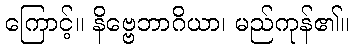
ကြောင့်။ နိဗ္ဗေဘာဂိယာ၊ မည်ကုန်၏။